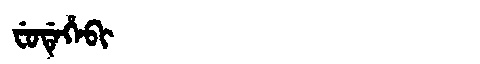
Manchu: ᠸᡠᡩᡝᡥᡝᠪᡳ
Romanization: FUDEHEBI